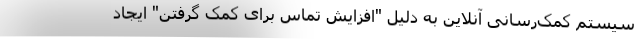
سیستم کمک‌رسانی آنلاین به دلیل "افزایش تماس برای کمک گرفتن" ایجاد